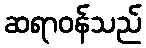
ဆရာဝန်သည်